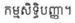
កម្មសិទ្ធិបញ្ញា។